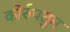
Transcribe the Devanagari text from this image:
कोर्रुपतुम